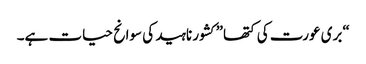
“بری عورت کی کتھا” کشور ناہید کی سوانح حیات ہے۔